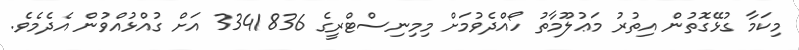
މިކަމާ ގުޅޭގޮތުން އިތުރު މަޢުލޫމާތު ހޯއްދެވުމަށް މިމިނިސްޓްރީގެ 3341836 އަށް ގުއްޅުއްވުން އެދެމެވެ.